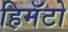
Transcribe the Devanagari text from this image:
हिमॅटो